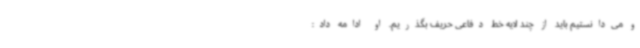
و می‌دانستیم باید از چند لایه خط دفاعی حریف بگذریم. او ادامه داد: